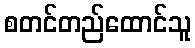
စတင်တည်ထောင်သူ